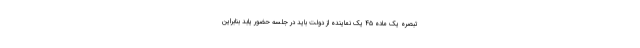
تبصره یک ماده ۴۵ یک نماینده از دولت باید در جلسه حضور یابد بنابراین